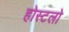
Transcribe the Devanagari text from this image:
होस्टलो